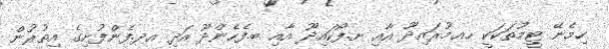
ހިމެނޭ ޓީމުތަކަކީ ހއ.މުރައިދޫ އާއި ށ.ފޯކައިދޫ އާއި ބ.ފެހެންދޫ އަދި އދ.ފެންފުށިގެ އިތުރުން